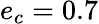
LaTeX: e_{c}=0.7